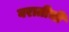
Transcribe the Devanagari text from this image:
वरातीची